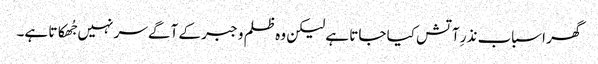
گھر اسباب نذرِ آتش کیا جاتا ہے لیکن وہ ظلم و جبر کے آگے سر نہیں جُھکاتا ہے۔